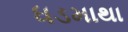
ધડમાથા